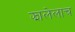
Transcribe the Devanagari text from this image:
झालेलाच